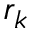
r _ { k }